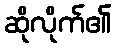
ဆိုလိုက်၏